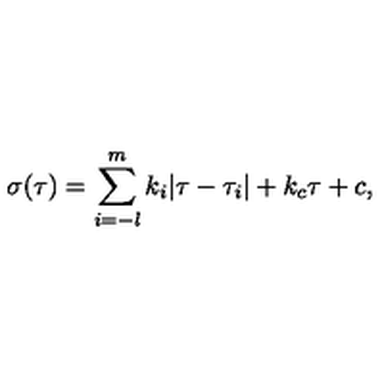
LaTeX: \sigma ( \tau ) = \sum _ { i = - l } ^ { m } k _ { i } | \tau - \tau _ { i } | + k _ { c } \tau + c , \,